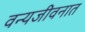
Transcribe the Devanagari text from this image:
वन्यजीवनात